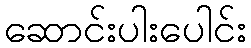
ဆောင်းပါးပေါင်း